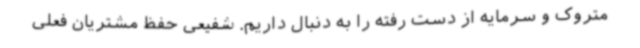
متروک و سرمایه از دست رفته را به دنبال داریم. شفیعی حفظ مشتریان فعلی